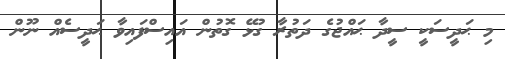
މި ޙަދީސަކީ ސީދާ ޙައްޖުގެ ދަތުރާ ގުޅޭ ގޮތުން އައިސްފައިވާ ޙަދީސެއް ނޫން